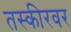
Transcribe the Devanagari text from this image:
तस्कीरवर